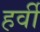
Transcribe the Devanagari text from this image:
हर्वी